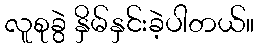
လူစုခွဲ နှိမ်နှင်းခဲ့ပါတယ်။